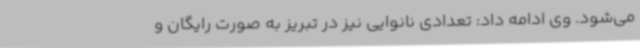
می‌شود. وی ادامه داد: تعدادی نانوایی نیز در تبریز به صورت رایگان و